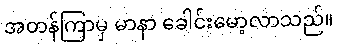
အတန်ကြာမှ မာနာ ခေါင်းမော့လာသည်။